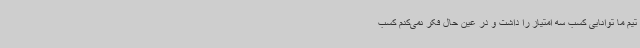
تیم ما توانایی کسب سه امتیاز را داشت و در عین حال فکر نمی‌کنم کسب